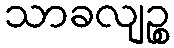
သာခလျဉ္စ